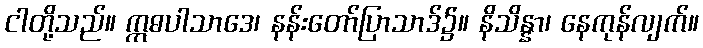
ငါတို့သည်။ ဣဓပါသာဒေ၊ နန်းတော်ပြာသာဒ်၌။ နိသိန္နာ၊ နေကုန်လျက်။